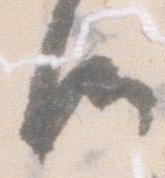
候